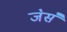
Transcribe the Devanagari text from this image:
ज॓स॓